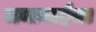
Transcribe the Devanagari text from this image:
जनाबाईंचा